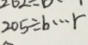
2 0 5 \div b \cdots r